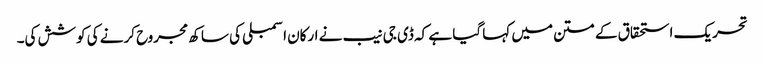
تحریک استحقاق کے متن میں کہا گیا ہے کہ ڈی جی نیب نے ارکان اسمبلی کی ساکھ مجروح کرنے کی کوشش کی۔